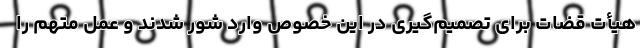
هیأت قضات برای تصمیم‌گیری در این خصوص وارد شور شدند و عمل متهم را